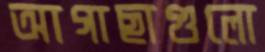
আগাছাগুলো